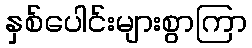
နှစ်ပေါင်းများစွာကြာ